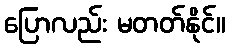
ပြောလည်း မတတ်နိုင်။